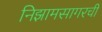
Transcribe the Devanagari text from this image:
निझामसागरची